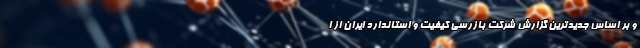
و بر اساس جدیدترین گزارش شرکت بازرسی کیفیت و استاندارد ایران از ا